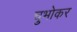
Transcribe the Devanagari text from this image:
चुभोकर